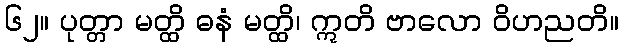
၆၂။ ပုတ္တာ မတ္ထိ ဓနံ မတ္ထိ၊ ဣတိ ဗာလော ဝိဟညတိ။